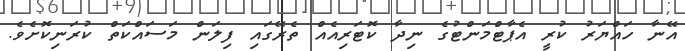
އޭނާ ހައްޔަރު ކުރީ އެޕާޓްމަންޓުގެ ނިދާ ކޮޓަރިއެއް ތެރޭގައި ފިލަން މަސައްކަތް ކުރަނިކޮށެވެ.